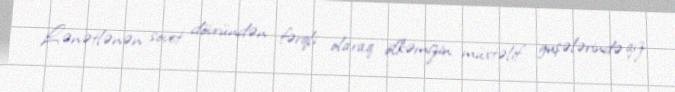
Lənətlənən sovet dövründən fərqli olaraq ölkəmizin müxtəlif guşələrində qız